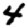
Digit: 4